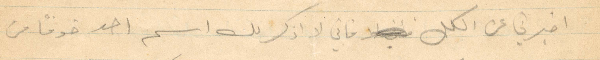
اخبرني عن الكل فاني لا اذكر لك اسم احد خوفًا من